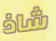
شاذ